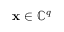
\mathbf { x } \in \mathbb { C } ^ { q }